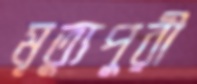
মৃত্যুপুরী